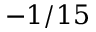
- 1 / 1 5